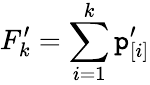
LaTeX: F_{k}^{\prime}=\sum_{i=1}^{k}\mathtt{p}_{[i]}^{\prime}